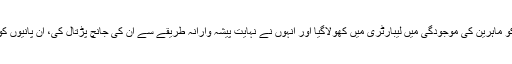
قومی ادارہ صحت کی رپورٹ میں بتایاگیا ہے کہ پانی کے مختلف برانڈز کی سیل بوتلوں کو ماہرین کی موجودگی میں لیبارٹری میں کھولاگیا اور انہوں نے نہایت پیشہ وارانہ طریقے سے ان کی جانچ پڑتال کی، ان پانیوں کو انسانی صحت کیلئے ان فٹ قراردیا، تمام سیمپلز میں کولیفارم لیول 50سے 240تک تھا ۔